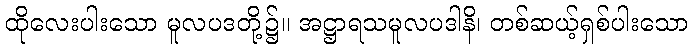
ထိုလေးပါးသော မူလပဒတို့၌။ အဋ္ဌာရသမူလပဒါနိ၊ တစ်ဆယ့်ရှစ်ပါးသော